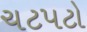
ચટપટો